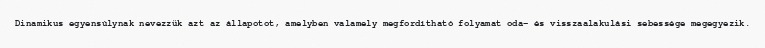
Dinamikus egyensúlynak nevezzük azt az állapotot, amelyben valamely megfordítható folyamat oda- és visszaalakulási sebessége megegyezik.